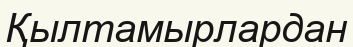
Қылтамырлардан